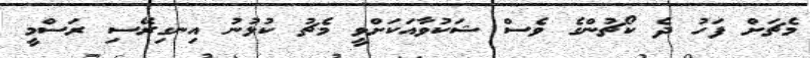
މެޗަށް ފަހު ދެ ކޯޗުންގެ ވެސް ޝަކުވާއަކަށްވީ މެޗު ކުޅުނު އިނގިރޭސި ރަސްމީ